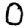
Digit: 0